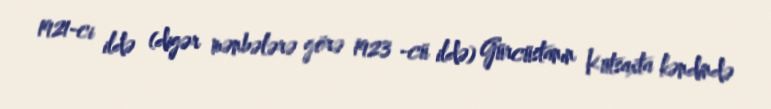
1921-ci ildə (digər mənbələrə görə 1923 -cü ildə) Gürcüstanın Kutsaxta kəndində